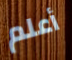
أعلم